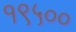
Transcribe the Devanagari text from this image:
१९५००